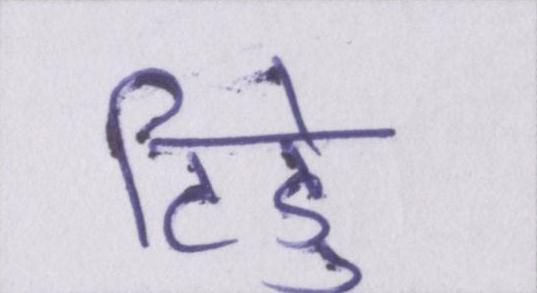
टिड्डे